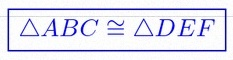
\triangle ABC\cong\triangle DEF